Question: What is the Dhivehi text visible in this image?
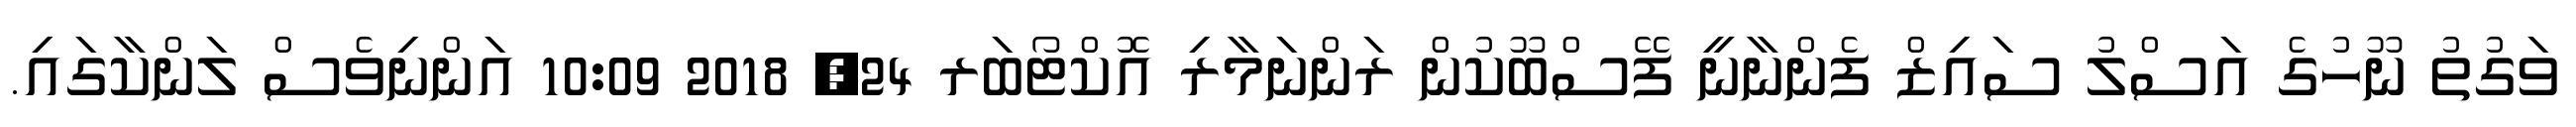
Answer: ވަގުތު ނޫހުގެ އަސްލު ސައިޒް ފެންނާނީ ފޭސްބޫކުން ރަންނަމާރި އޮކްޓޯބަރ 24, 2018 10:09 އަންނިވެސް ލަންކާގައި.